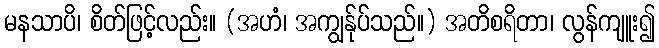
မနသာပိ၊ စိတ်ဖြင့်လည်း။ (အဟံ၊ အကျွန်ုပ်သည်။) အတိစရိတာ၊ လွန်ကျူး၍